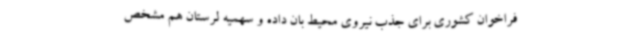
فراخوان کشوری برای جذب نیروی محیط بان داده و سهمیه لرستان هم مشخص